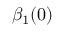
\beta _ { 1 } ( 0 )